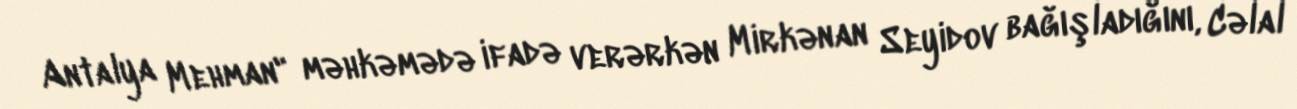
Antalya Mehman" məhkəmədə ifadə verərkən Mirkənan Seyidov bağışladığını, Cəlal